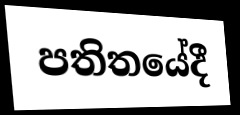
පතිතයේදී